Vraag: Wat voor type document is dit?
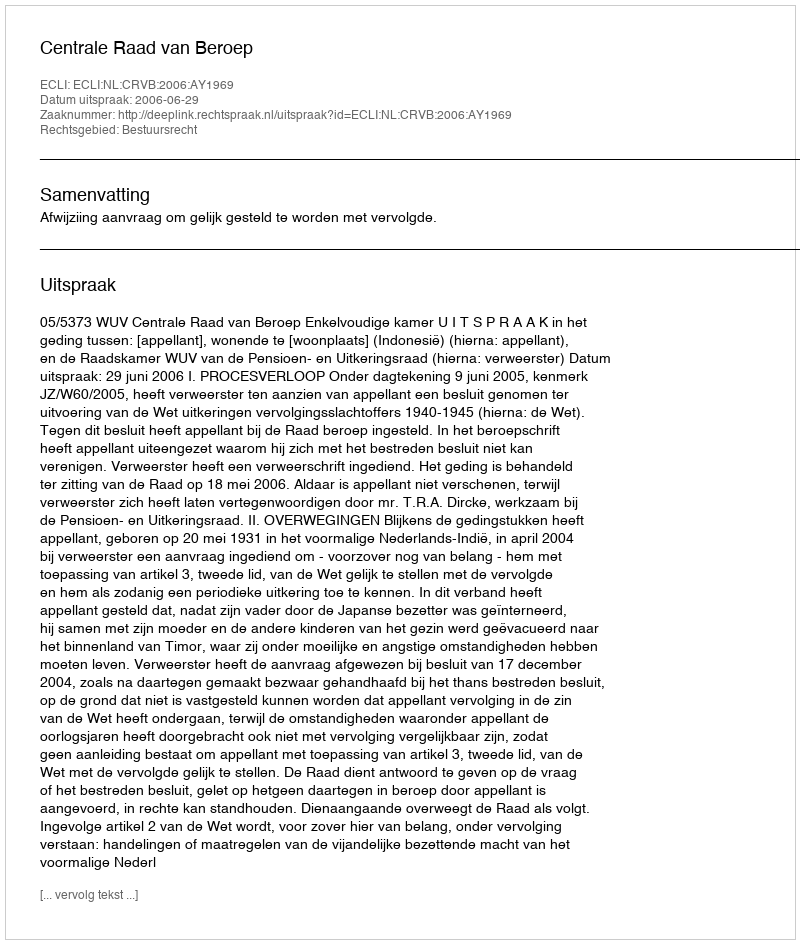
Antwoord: Uitspraak